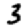
Digit: 3